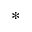
\ast